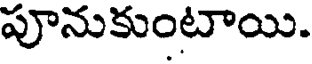
పూనుకుంటాయి.